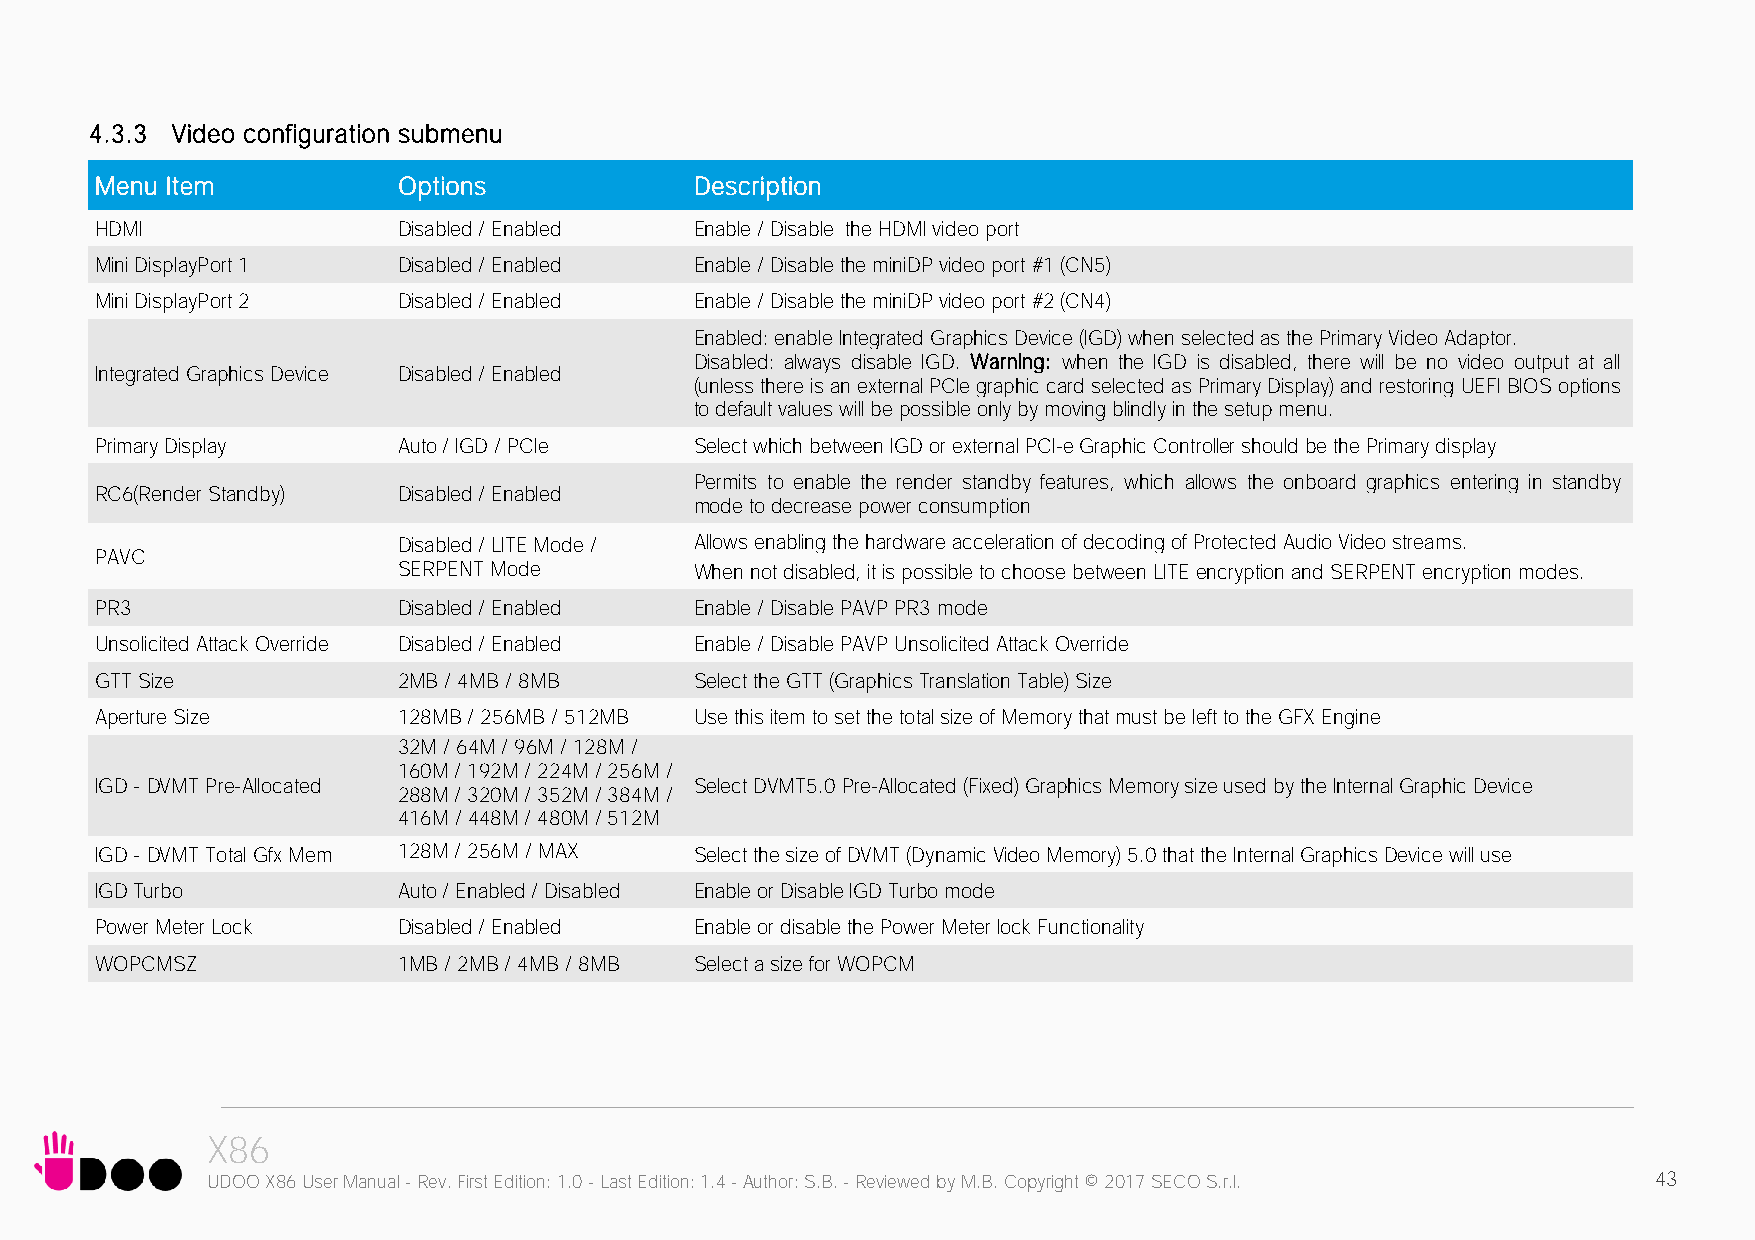
4.3.3 Video configuration submenu
 Menu Item           Options             Description
 HDMI                Disabled / Enabled  Enable / Disable the HDMI video port
 Mini DisplayPort 1  Disabled / Enabled  Enable / Disable the miniDP video port #1 (CN5)
 Mini DisplayPort 2  Disabled / Enabled  Enable / Disable the miniDP video port #2 (CN4)
 Enabled: enable Integrated Graphics Device (IGD) when selected as the Primary Video Adaptor.
 Disabled: always disable IGD. Warning: when the IGD is disabled, there will be no video output at all
 Integrated Graphics Device Disabled / Enabled
 (unless there is an external PCIe graphic card selected as Primary Display) and restoring UEFI BIOS options
 to default values will be possible only by moving blindly in the setup menu.
 Primary Display     Auto / IGD / PCIe   Select which between IGD or external PCI-e Graphic Controller should be the Primary display
 Permits to enable the render standby features, which allows the onboard graphics entering in standby
 RC6(Render Standby) Disabled / Enabled
 mode to decrease power consumption
 Disabled / LITE Mode / Allows enabling the hardware acceleration of decoding of Protected Audio Video streams.
 PAVC
 SERPENT Mode        When not disabled, it is possible to choose between LITE encryption and SERPENT encryption modes.
 PR3                 Disabled / Enabled  Enable / Disable PAVP PR3 mode
 Unsolicited Attack Override Disabled / Enabled Enable / Disable PAVP Unsolicited Attack Override
 GTT Size            2MB / 4MB / 8MB     Select the GTT (Graphics Translation Table) Size
 Aperture Size       128MB / 256MB / 512MB Use this item to set the total size of Memory that must be left to the GFX Engine
 32M / 64M / 96M / 128M /
 160M / 192M / 224M / 256M /
 IGD - DVMT Pre-Allocated                Select DVMT5.0 Pre-Allocated (Fixed) Graphics Memory size used by the Internal Graphic Device
 288M / 320M / 352M / 384M /
 416M / 448M / 480M / 512M
 IGD - DVMT Total Gfx Mem 128M / 256M / MAX Select the size of DVMT (Dynamic Video Memory) 5.0 that the Internal Graphics Device will use
 IGD Turbo           Auto / Enabled / Disabled Enable or Disable IGD Turbo mode
 Power Meter Lock    Disabled / Enabled  Enable or disable the Power Meter lock Functionality
 WOPCMSZ             1MB / 2MB / 4MB / 8MB Select a size for WOPCM
 X86
 UDOO X86 User Manual - Rev. First Edition: 1.0 - Last Edition: 1.4 - Author: S.B. - Reviewed by M.B. Copyright © 2017 SECO S.r.l. 43